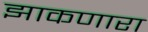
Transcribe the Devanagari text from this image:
झाकणारा